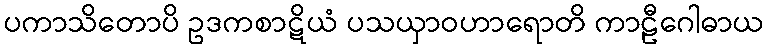
ပကာသိတောပိ ဥဒကစာဋိယံ ပသယှာဝဟာရောတိ ကာဠီဂေါဓာယ